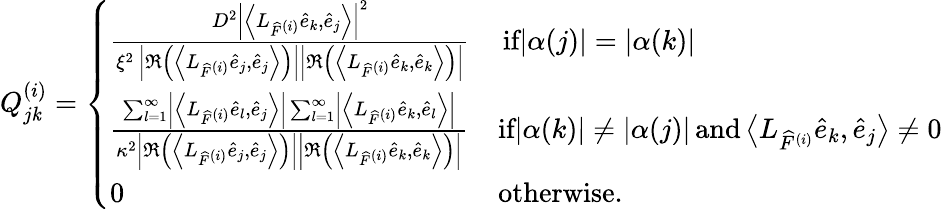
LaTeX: Q_{j\mathit{k}}^{(i)}=\left\{ \begin{array}{ll}{\frac{D^{2}\left|\left\langle L_{\widehat{F}^{(i)}}\widehat{e}_{k},\widehat{e}_{j}\right\rangle\right|^{2}}{\xi^{2}\, \left|\Re\left(\left\langle L_{\widehat{F}^{(i)}}\widehat{e}_{j},\widehat{e}_{j}\right\rangle\right)\right|\left|\Re\left(\left\langle L_{\widehat{F}^{(i)}}\widehat{e}_{k},\widehat{e}_{k}\right\rangle\right)\right|}}&{\, \textrm{if}|\alpha(j)|=|\alpha(k)|}\\ {\frac{\sum_{l=1}^{\infty}\left|\left\langle L_{\widehat{F}^{(i)}}\widehat{e}_{l},\widehat{e}_{j}\right\rangle\right|\sum_{l=1}^{\infty}\left|\left\langle L_{\widehat{F}^{(i)}}\widehat{e}_{k},\widehat{e}_{l}\right\rangle\right|}{\kappa^{2}\left|\Re\left(\left\langle L_{\widehat{F}^{(i)}}\widehat{e}_{j},\widehat{e}_{j}\right\rangle\right)\right|\left|\Re\left(\left\langle L_{\widehat{F}^{(i)}}\widehat{e}_{k},\widehat{e}_{k}\right\rangle\right)\right|}}&{\textrm{if}|\alpha(k)|\neq|\alpha(j)|\, \textrm{and}\left\langle L_{\widehat{F}^{(i)}}\widehat{e}_{k},\widehat{e}_{j}\right\rangle\neq 0}\\ {0}&{\textrm{otherwise.}}\end{array}\right.